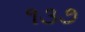
૧૩૭